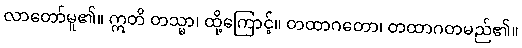
လာတော်မူ၏။ ဣတိ တသ္မာ၊ ထို့ကြောင့်။ တထာဂတော၊ တထာဂတမည်၏။